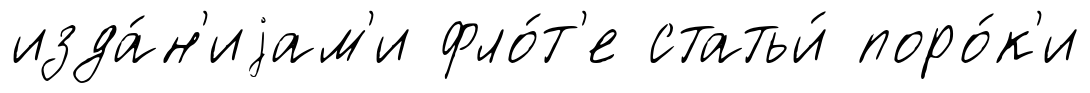
изда́н'иjам'и фло́т'е статьи́ поро́к'и